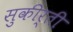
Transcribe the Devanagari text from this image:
सुकीर्ती